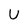
Character: U